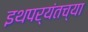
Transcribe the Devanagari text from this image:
इथपर्यंतच्या